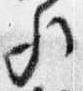
歟